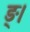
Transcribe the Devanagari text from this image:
ङ्।